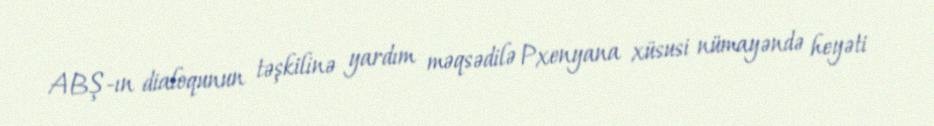
ABŞ-ın dialoqunun təşkilinə yardım məqsədilə Pxenyana xüsusi nümayəndə heyəti